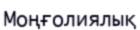
Моңғолиялық